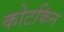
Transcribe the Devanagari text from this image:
कोटकिन